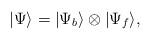
LaTeX: \begin{align*}|\Psi\rangle =|\Psi_b\rangle \otimes |\Psi_f\rangle,\end{align*}